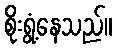
စိုးရွံ့နေသည်။